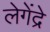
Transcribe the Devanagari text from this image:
लेगेंद्रे